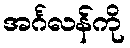
အင်္ဂလန်ကို